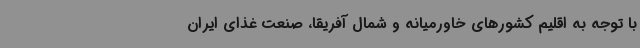
با توجه به اقلیم کشورهای خاورمیانه و شمال آفریقا، صنعت غذای ایران